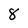
Character: 8